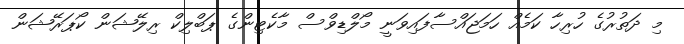
މި ދަތުރުގެ ހުރިހާ ކަމެއް ހަމަޖައްސާފައިވަނީ މޯލްޑިވްސް މާކެޓިންގެ ޕަބްލިކް ރިލޭޝަން ކޯޕަރޭޝަން